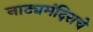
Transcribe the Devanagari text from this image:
नाट्यमंदिराचे